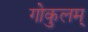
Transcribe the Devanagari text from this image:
गोकुलम्